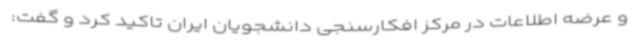
و عرضه اطلاعات در مرکز افکارسنجی دانشجویان ایران تاکید کرد و گفت: